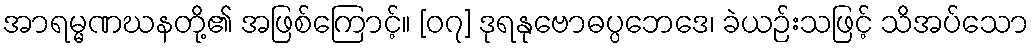
အာရမ္မဏဃနတို့၏ အဖြစ်ကြောင့်။ [၀၇] ဒုရနုဗောဓပ္ပဘေဒေ၊ ခဲယဉ်းသဖြင့် သိအပ်သော